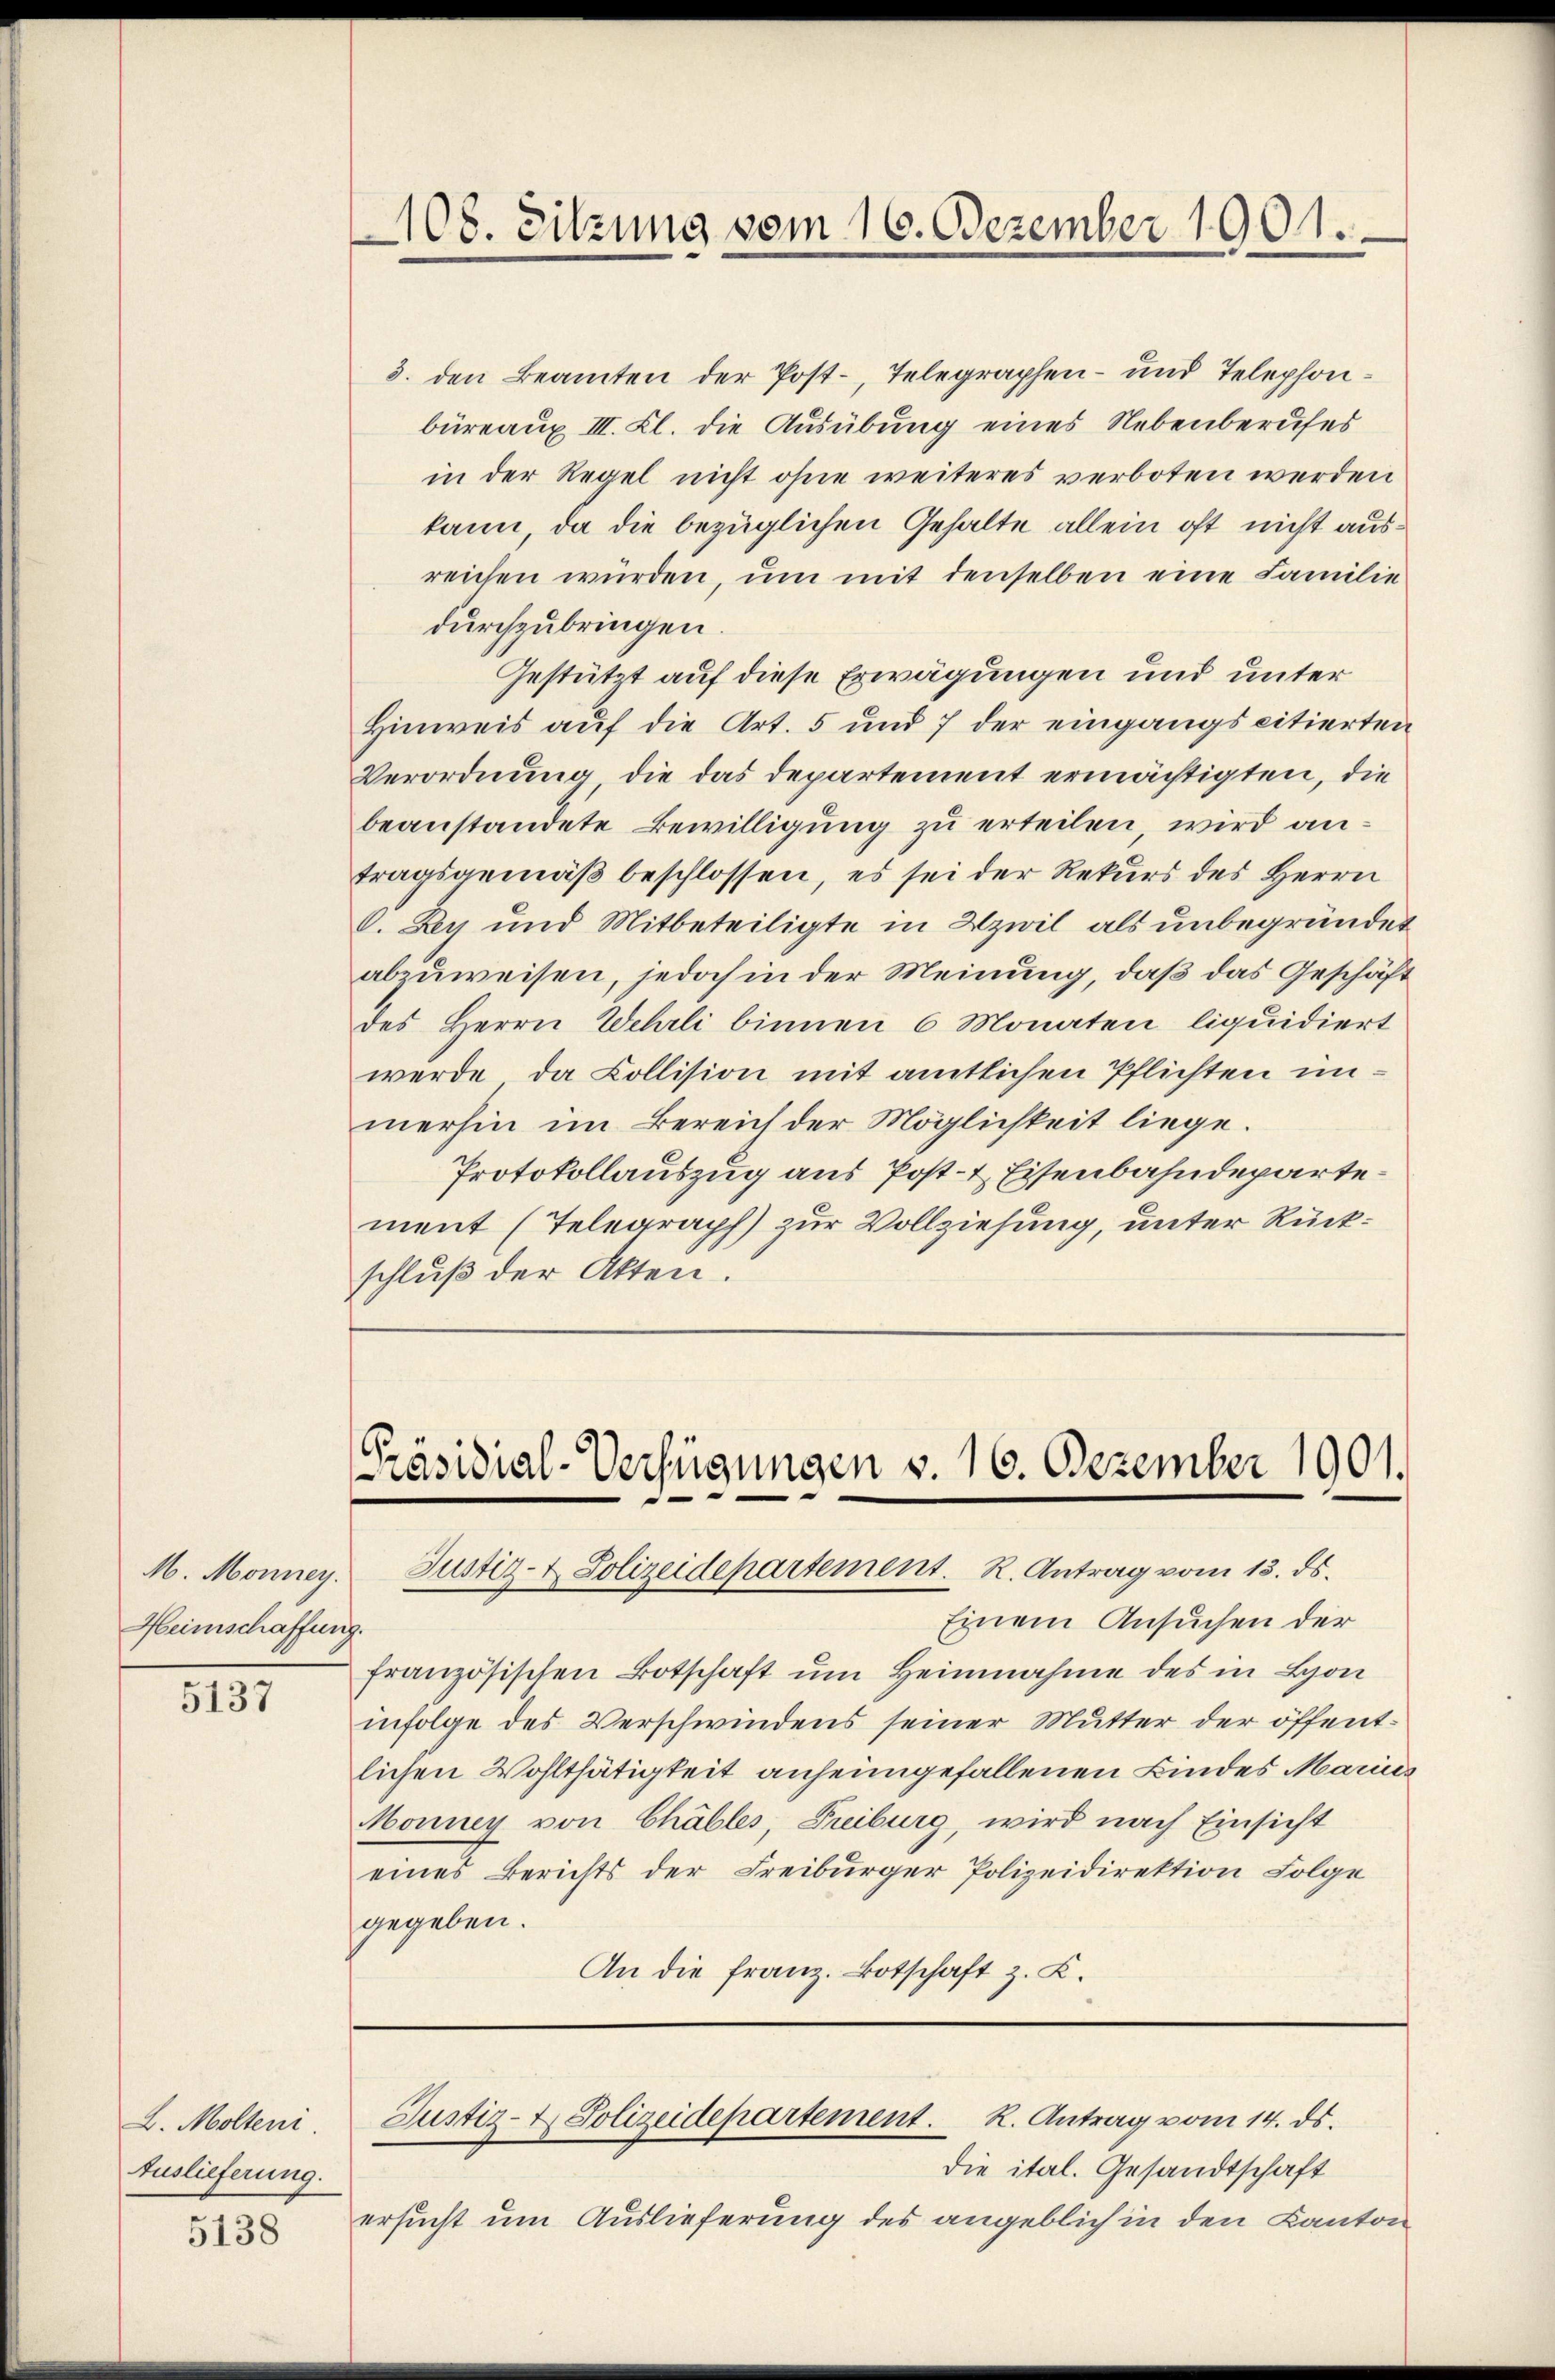
Heimschaffung.

5137

L. Molteni
Auslieferung.

5138

108. Sitzung vom 16. Dezember 1901.

3. den Beamten der Post-, Telegraphen- und Telephonbüreaux III. Kl. die Ausübung eines Nebenberufes
in der Regel nicht ohne weiteres verboten werden
kann, da die bezüglichen Gehalte allein oft nicht ausreichen würden, um mit denselben eine Familie
durchzubringen.
Gestützt auf diese Erwägungen und unter
Hinweis auf die Art. 5 und 7 der eingangs citierten
Verordnung die das Departement ermächtigten, die
beanstandete Bewilligung zu erteilen wird antragsgemäß beschlossen, es sei der Rekurs des Herrn
C. Bey und Mitbeteiligte in Uzwil als unbegründet
abzuweisen, jedoch in der Meinung, daß das Geschäft
des Herrn Wehrli binnen 6 Monaten, liquidiert
werde, da Collision mit amtlichen Pflichten unmerhin im Bereich der Möglichkeit liege.
Protokollauszug aus Post- & Eisenbahndepartement (Telegraph) zur Vollziehung, unter Rückschluß der Akten.

[Präsidial-Verfügungen v. 16. Dezember 1901.
M. Monney. Justiz- & Polizeidepartement. R. Antrag vom 13. ds.

Einem Ansuchen der
französischen Botschaft um Heinnahme des in Lyon
infolge des Verschwindens seiner Mutter der öffentlichen Wohlthätigkeit anheimgefallenen Kindes Marius
Monney von Chables Freiburg, wird nach Einsicht
eines Berichts der Freiburger Polizeidirektion Folge
gegeben.
An die Franz. Botschaft z. K.

die ital. Gesandtschaft
ersucht um Auslieferung des angeblich in den Kanton

Justiz- & Polizeidepartement. K. Antrag vom 14. ds.